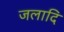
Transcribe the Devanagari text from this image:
जलादि